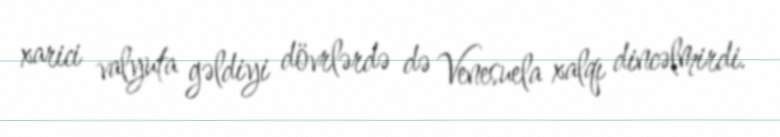
xarici valyuta gəldiyi dövrlərdə də Venesuela xalqı dincəlmirdi.